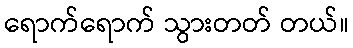
ရောက်ရောက် သွားတတ် တယ်။